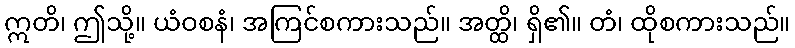
ဣတိ၊ ဤသို့။ ယံဝစနံ၊ အကြင်စကားသည်။ အတ္ထိ၊ ရှိ၏။ တံ၊ ထိုစကားသည်။